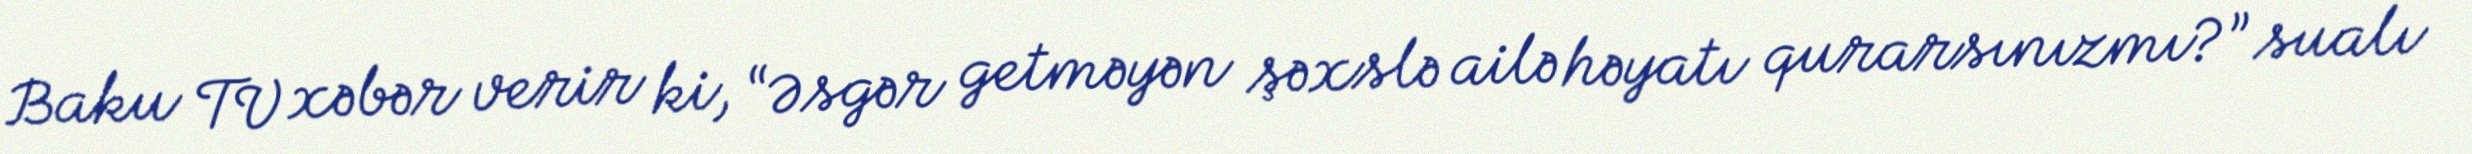
Baku TV xəbər verir ki, “Əsgər getməyən şəxslə ailə həyatı qurarsınızmı?” sualı